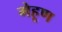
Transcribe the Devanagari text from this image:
मेहूण